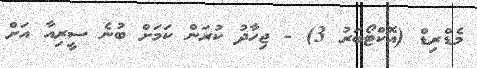
މެޑްރިޑް (އޮކްޓޯބަރު 3) - ޖިހާދު ކުރަން ކަމަށް ބުނެ ސީރިއާ އަށް